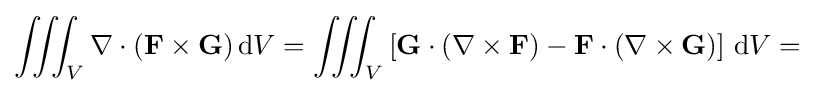
\iiint _{V}\nabla \cdot \left(\mathbf {F} \times \mathbf {G} \right)\mathrm {d} V=\iiint _{V}\left[\mathbf {G} \cdot \left(\nabla \times \mathbf {F} \right)-\mathbf {F} \cdot \left(\nabla \times \mathbf {G} \right)\right]\,\mathrm {d} V=